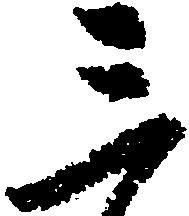
三